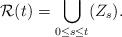
LaTeX: \begin{align*} \mathcal{R}(t)=\bigcup_{0\leq s\leq t} (Z_s). \end{align*}